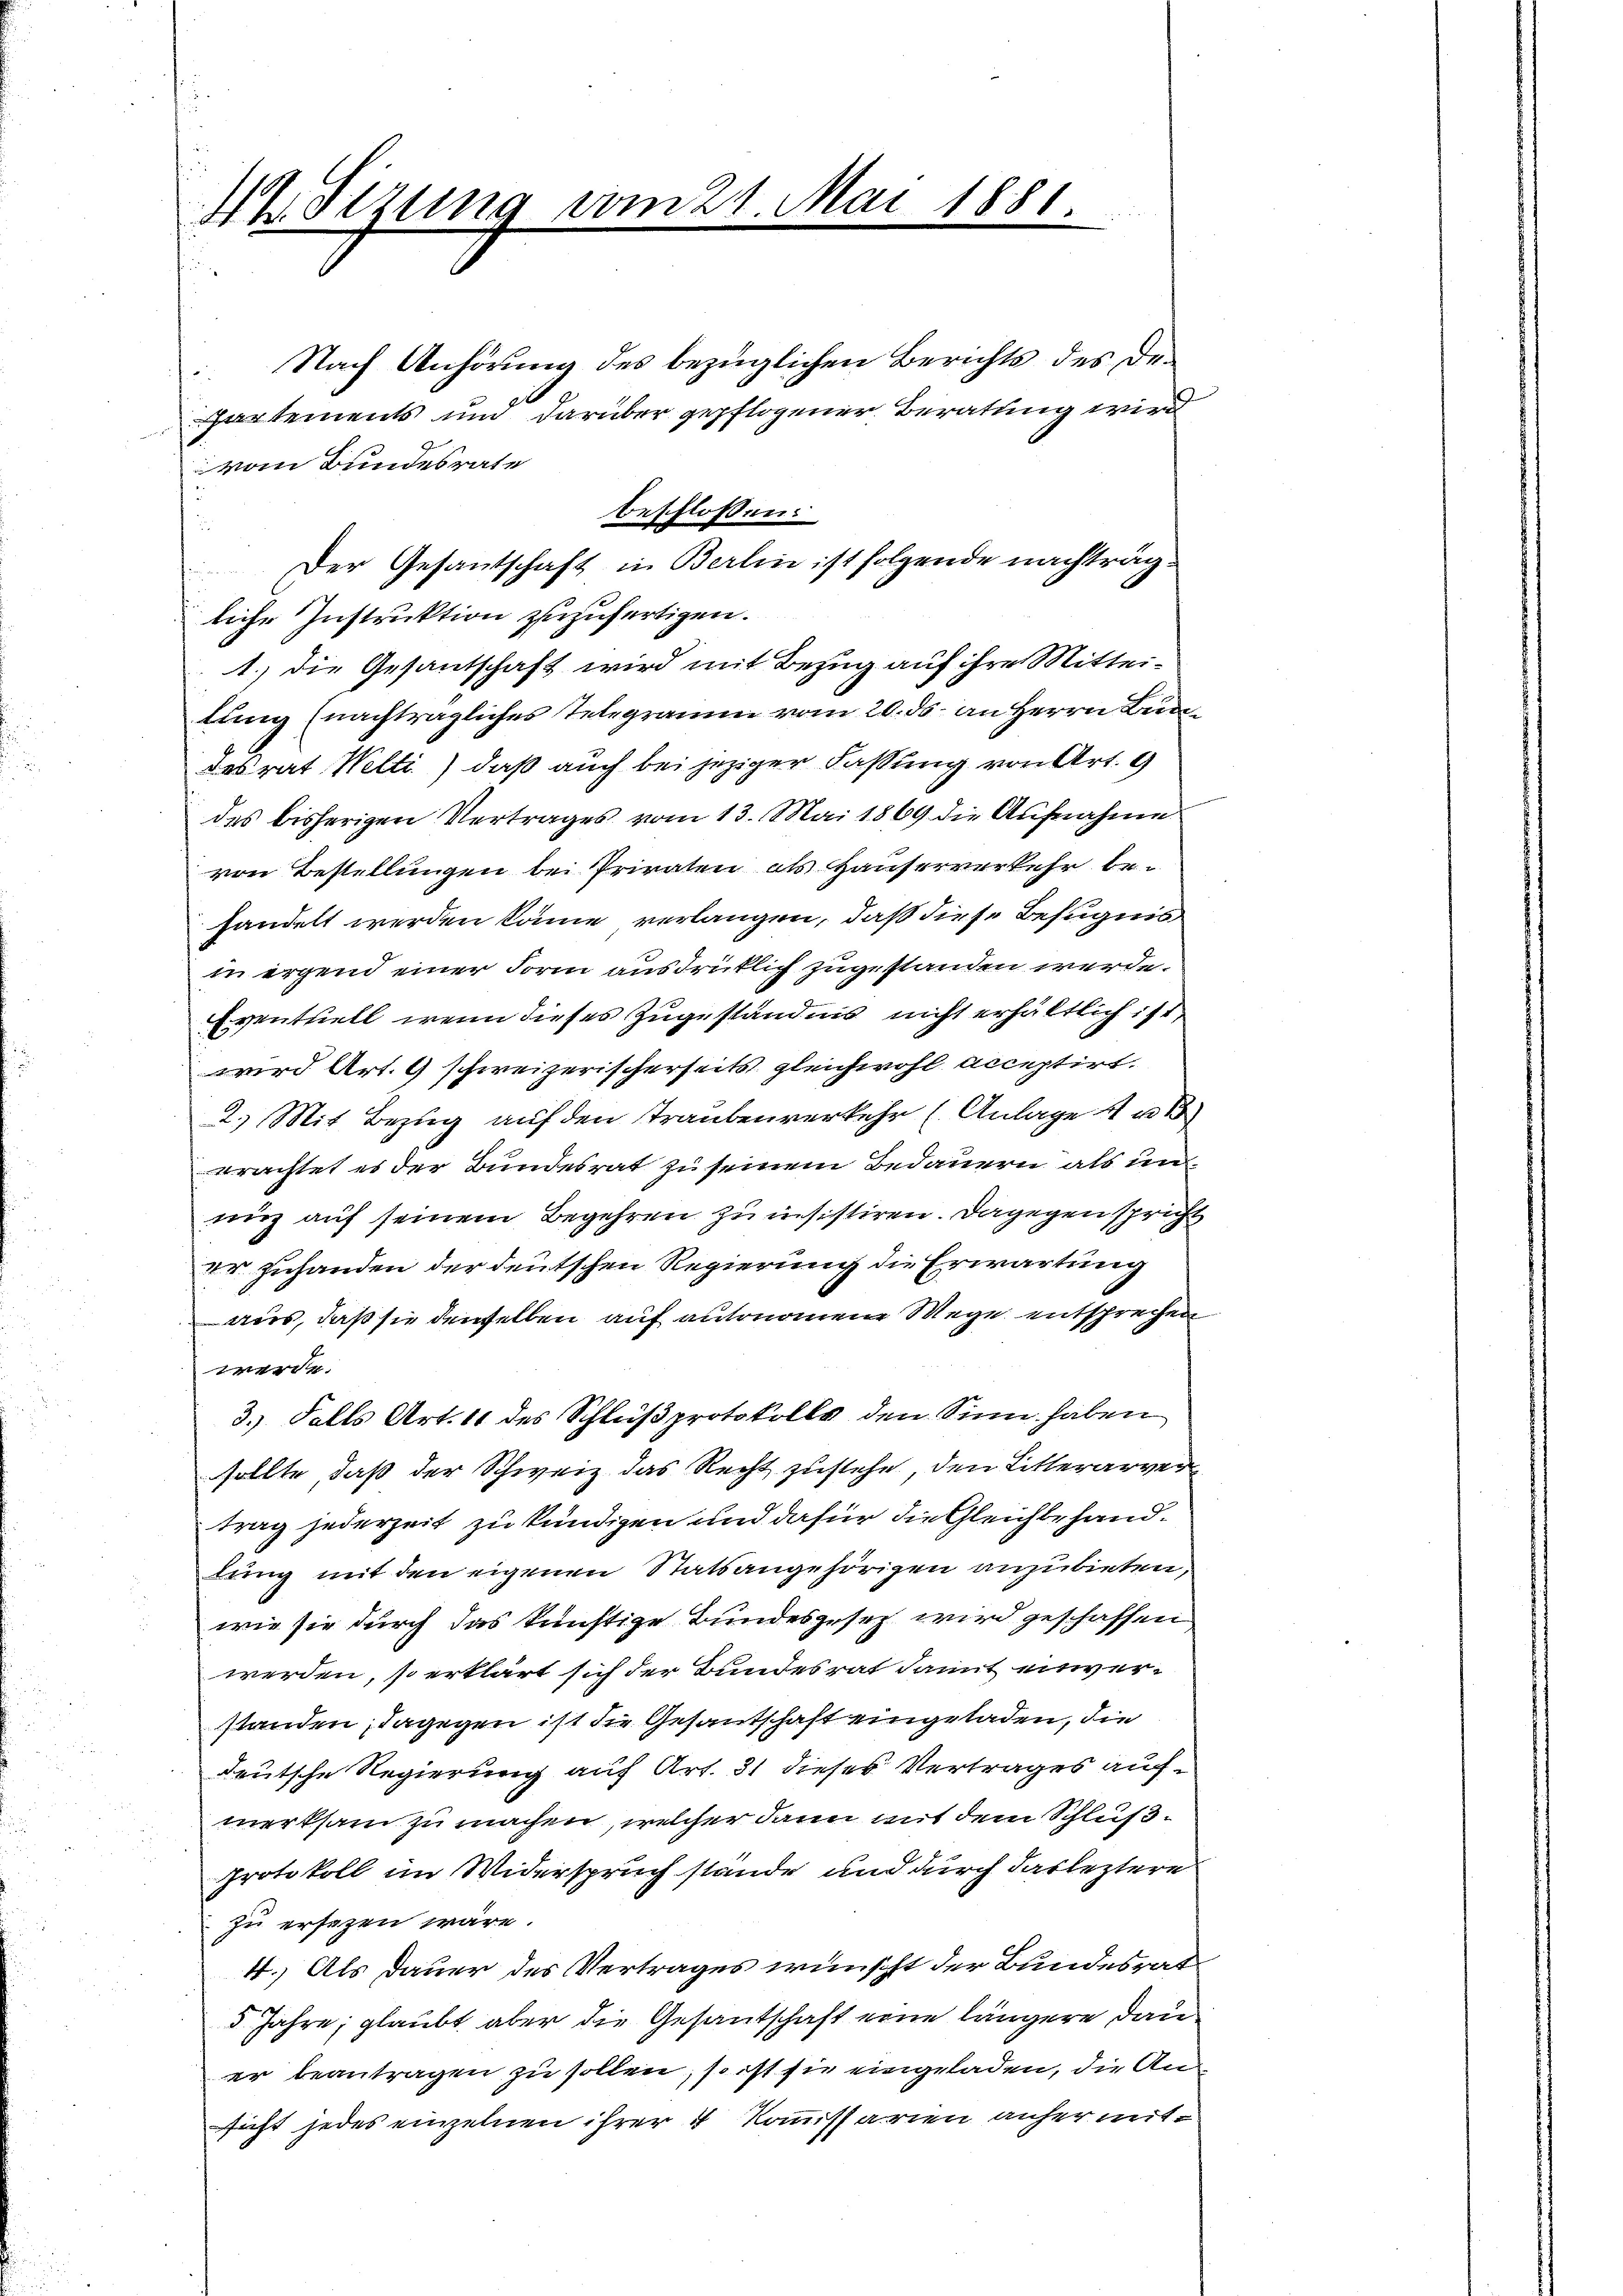
42. Sizung vom 21. Mai 1881.

Nach Anhörung des bezüglichen Berichts des Dedt
Partements um darüber gepflogener Beratung wird
vom Bundesrate
beschlossen:
 Der Gesantschaft in Berlin ist folgende nachträgliche Instruktion zuzufertigen.
1. die Gesantschaft wird mit Bezug auf ihre Mitteitung (nachträgliches Telegramm vom 20. ds. an Herrn Bundesrat Welti) daß auch bei jeziger Fassung von Art. 9
des bisherigen Vertrages vom 13. Mai 1869 die Aufnahme
von Bestellungen bei Privaten als Hauserverkehr behandelt werden könne verlangen, daß diese Befugnis
in irgend einer Form ausdrücklich zugestanden werde.
Eventuell, wenn dieses Zugeständnis nicht erhältlich ist,
wird Art. 9 schweizerischerseits gleichwohl acceptirt.
2.) Mit Bezug auf den Traubenverkehr (Anlage 4 v
erachtet es der Bundesrat zu seinem Bedauern als unniz auf seinem Begehren zu insistiren. Dagegen spricht
Vr Zuhanden der deutschen Regierung die Erwartung
aus, daß sie denselben auf autonomene Wege entsprechen
e
3.) Falls Art. 11 des Schlußprotokolls den Sinn haben
sollte, daß der Schweiz das Recht zustehe, den Litterarvertrag jederzeit zu kündigen und dafür die Gleichbehandlung mit den eigenen Statsangehörigen anzubieten,
wie sie durch das künftige Bundesgesetz wird geschaffen
werden, so erklärt sich der Bundesrat damit einverstanden; dagegen ist die Gesantschaft eingeladen, die
deutsche Regierung auf Art. 31 dieses Vertrages aufmerksam zu machen, welcher dann mit dem Schlus¬
Protokoll im Widerspruch stande und durch das leztere
zu ersezen wäre.
4.) Als Dauer des Vertrages wünscht der Bundesrat
5 Jahre; glaubt aber die Gesantschaft eine längere Dau
er beantragen zu sollen, so ist sie eingeladen, die Ansicht jedes einzelnen ihrer 4 Kommissarien anher mit¬